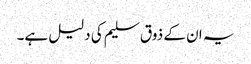
یہ ان کے ذوق سلیم کی دلیل ہے۔